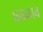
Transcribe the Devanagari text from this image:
६८४१४